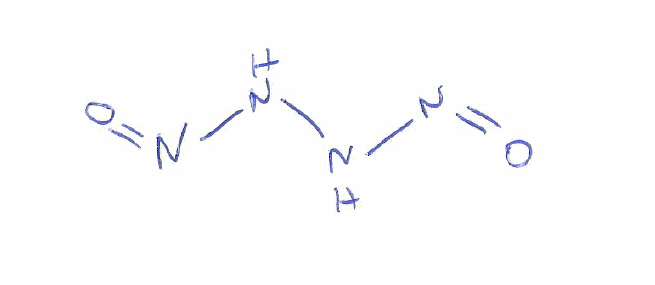
Simplified molecular-input line-entry system (SMILES) notation of the given molecule:
N(NN=O)N=O